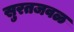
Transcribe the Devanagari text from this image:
सुरतजवळ